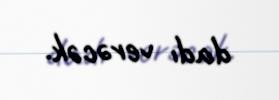
dadı verəcək.